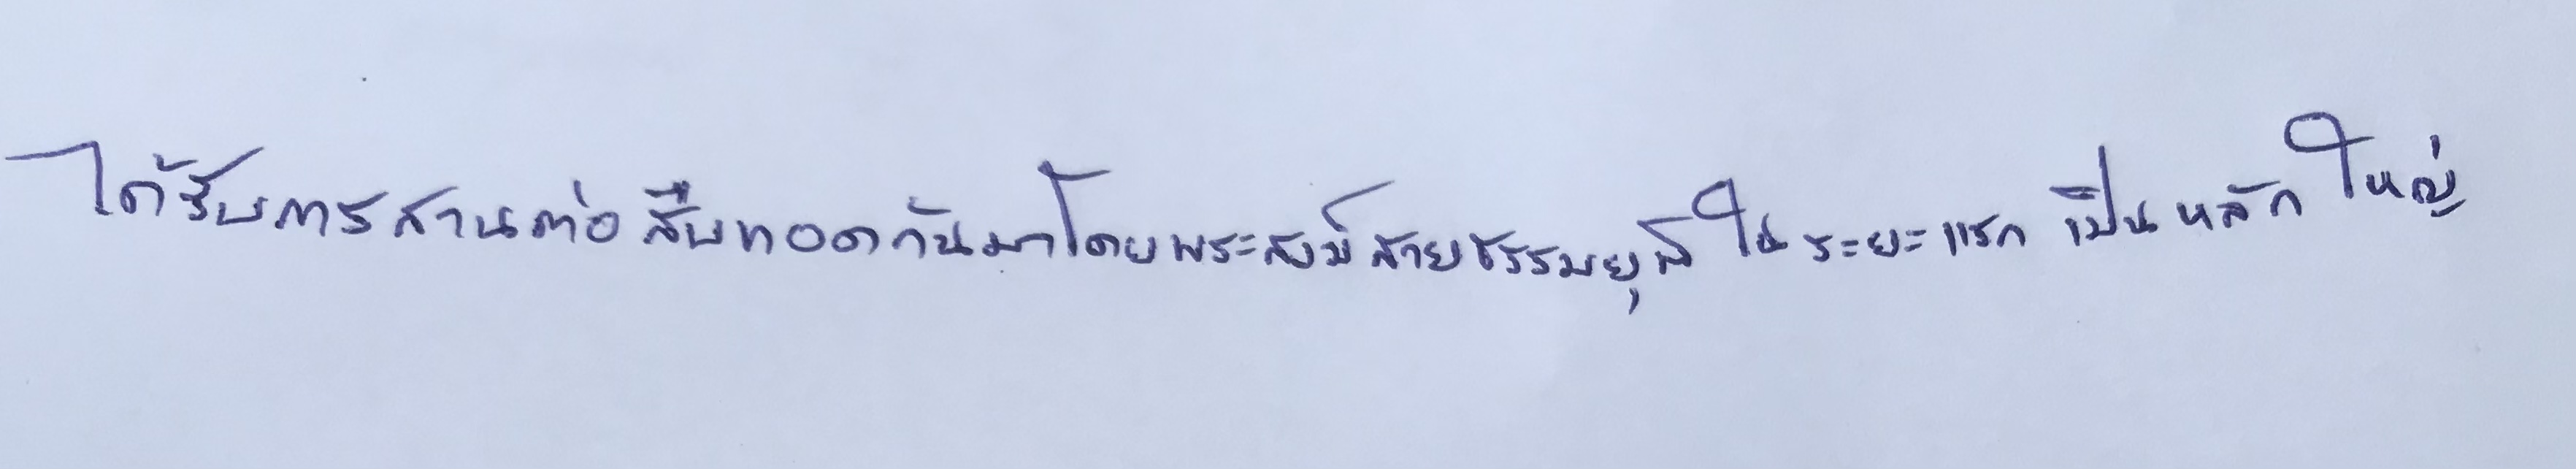
ได้รับการสานต่อสืบทอดกันมาโดยพระสงฆ์สายธรรมยุติในระยะแรกเป็นหลักใหญ่